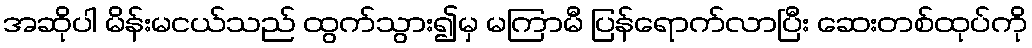
အဆိုပါ မိန်းမငယ်သည် ထွက်သွား၍မှ မကြာမီ ပြန်ရောက်လာပြီး ဆေးတစ်ထုပ်ကို